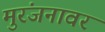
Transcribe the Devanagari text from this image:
मुरंजनावर